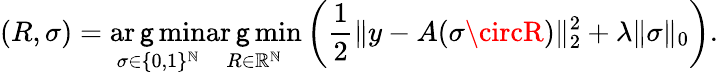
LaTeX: (R,\sigma)=\operatorname*{ar\mathsf{g}min}_{\sigma\in\{ 0,1\} ^{\mathbb{N}}}\operatorname*{ar\mathsf{g}min}_{R\in\mathbb{{R}}^{\mathbb{N}}}\left(\frac{{1}}{{2}}\| y-A(\sigma\circR)\| _{2}^{2}+{\lambda}\| \sigma\| _{0}\right).